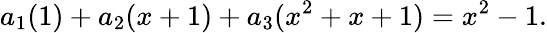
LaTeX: a_{1}(1)+a_{2}(x+1)+a_{3}(x^{2}+x+1)=x^{2}-1.